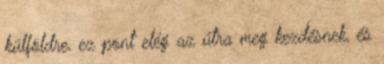
külföldre, ez pont elég az útra meg kezdésnek, és